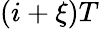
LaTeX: (i+\xi)T